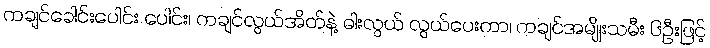
ကချင်ခေါင်းပေါင်း ပေါင်း၊ ကချင်လွယ်အိတ်နဲ့ ဓါးလွယ် လွယ်ပေးကာ၊ ကချင်အမျိုးသမီး ၆ဦးဖြင့်